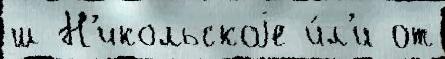
ш Н'икольскоjе и́л'и от